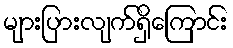
များပြားလျက်ရှိကြောင်း